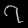
Digit: ၇